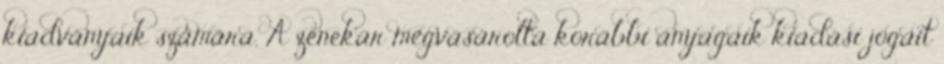
kiadványaik számára. A zenekar megvásárolta korábbi anyagaik kiadási jogait